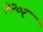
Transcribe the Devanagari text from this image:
२२०र